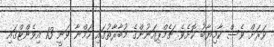
ވަރަށް ވެސް ކާމިޔާބު ކޮށެވެ. ޗެމްޕިއަނުންގެ މުބާރާތުގައި ހަމްނާ ވަނީ 13 އިވެންޓްގައި